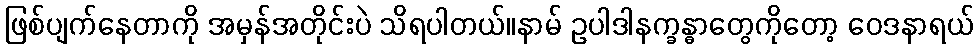
ဖြစ်ပျက်နေတာကို အမှန်အတိုင်းပဲ သိရပါတယ်။နာမ် ဥပါဒါနက္ခန္ဓာတွေကိုတော့ ဝေဒနာရယ်